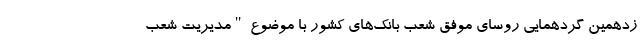
زدهمین گردهمایی روسای موفق شعب بانک‌های کشور با موضوع "مدیریت شعب